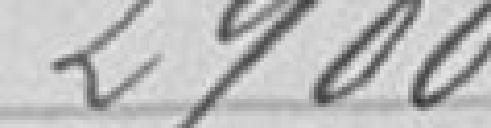
2900